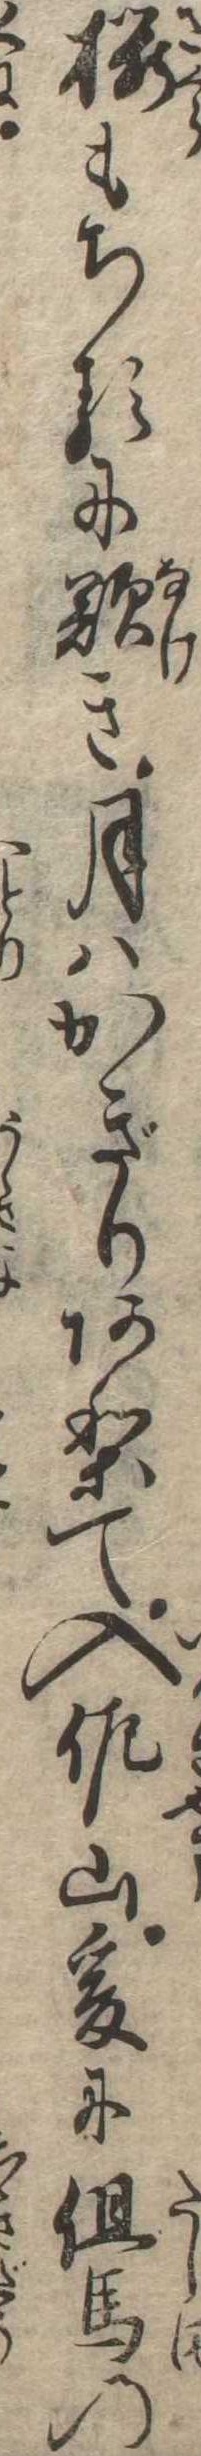
桜もちるに歎き月はかぎりありて入佐山爰に但馬の